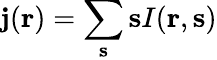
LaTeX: {\mathbf j}({\mathbf r})=\sum_{\mathbf s}{\mathbf s}I({\mathbf r},{\mathbf s})